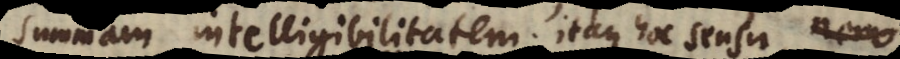
s intelligibilitatem; itaque hoc sensu, nemo